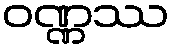
ဝဏ္ဏဿ